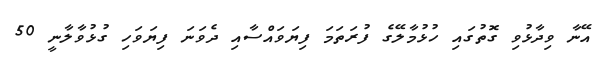
އޭނާ ވިދާޅުވި ގޮތުގައި ހުޅުމާލޭގެ ފުރަތަމަ ފިޔަވައްސާއި ދެވަނަ ފިޔަވަހި ގުޅުވާލާނީ 50